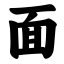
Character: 面